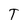
Character: T